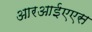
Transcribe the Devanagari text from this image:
आरआईएएस